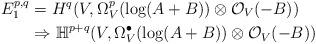
LaTeX: \begin{align*}E^{p, q}_1&=H^q(V, \Omega^p_V(\log (A+B))\otimes \mathcal O_V(-B)) \\ &\Rightarrow \mathbb H^{p+q}(V, \Omega^\bullet _V(\log (A+B))\otimes \mathcal O_V(-B)) \end{align*}